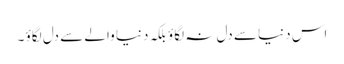
اس دنیا سے دل نہ لگاؤ بلکہ دنیا والے سے دل لگاؤ ۔